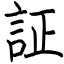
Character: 証